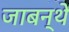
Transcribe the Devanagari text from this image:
जाबन्थे